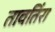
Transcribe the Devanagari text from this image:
तावतिंरा